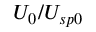
U _ { 0 } / U _ { s p 0 }